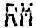
RM